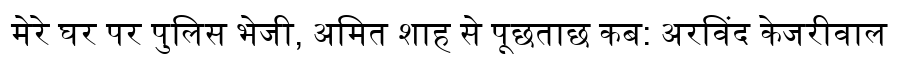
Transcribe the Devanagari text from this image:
मेरे घर पर पुलिस भेजी, अमित शाह से पूछताछ कब: अरविंद केजरीवाल